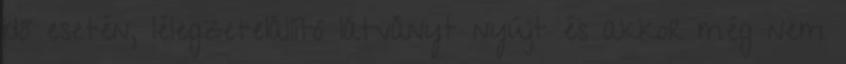
idő esetén, lélegzetelállító látványt nyújt és akkor még nem